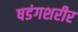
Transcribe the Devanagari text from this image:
षडंगशरीर